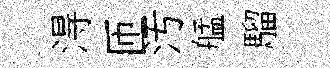
淂匝汚艋騮